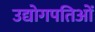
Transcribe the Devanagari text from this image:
उद्योगपतिओं